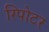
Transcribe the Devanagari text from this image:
रिपोटर